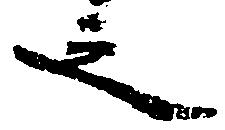
之